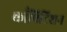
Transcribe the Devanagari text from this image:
काँपिटिशन